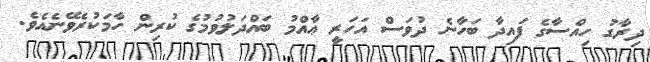
ދިރާގު ހިއްސާގެ ފައިދާ ބަހާނެ ދުވަސް އަހަރީ ޢާއްމު ބައްދަލުވުމުގެ ކުރިން ހާމަކުރެވޭނެއެވެ.